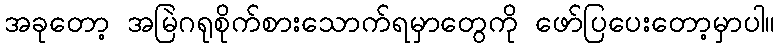
အခုတော့ အမြဲဂရုစိုက်စားသောက်ရမှာတွေကို ဖော်ပြပေးတော့မှာပါ။